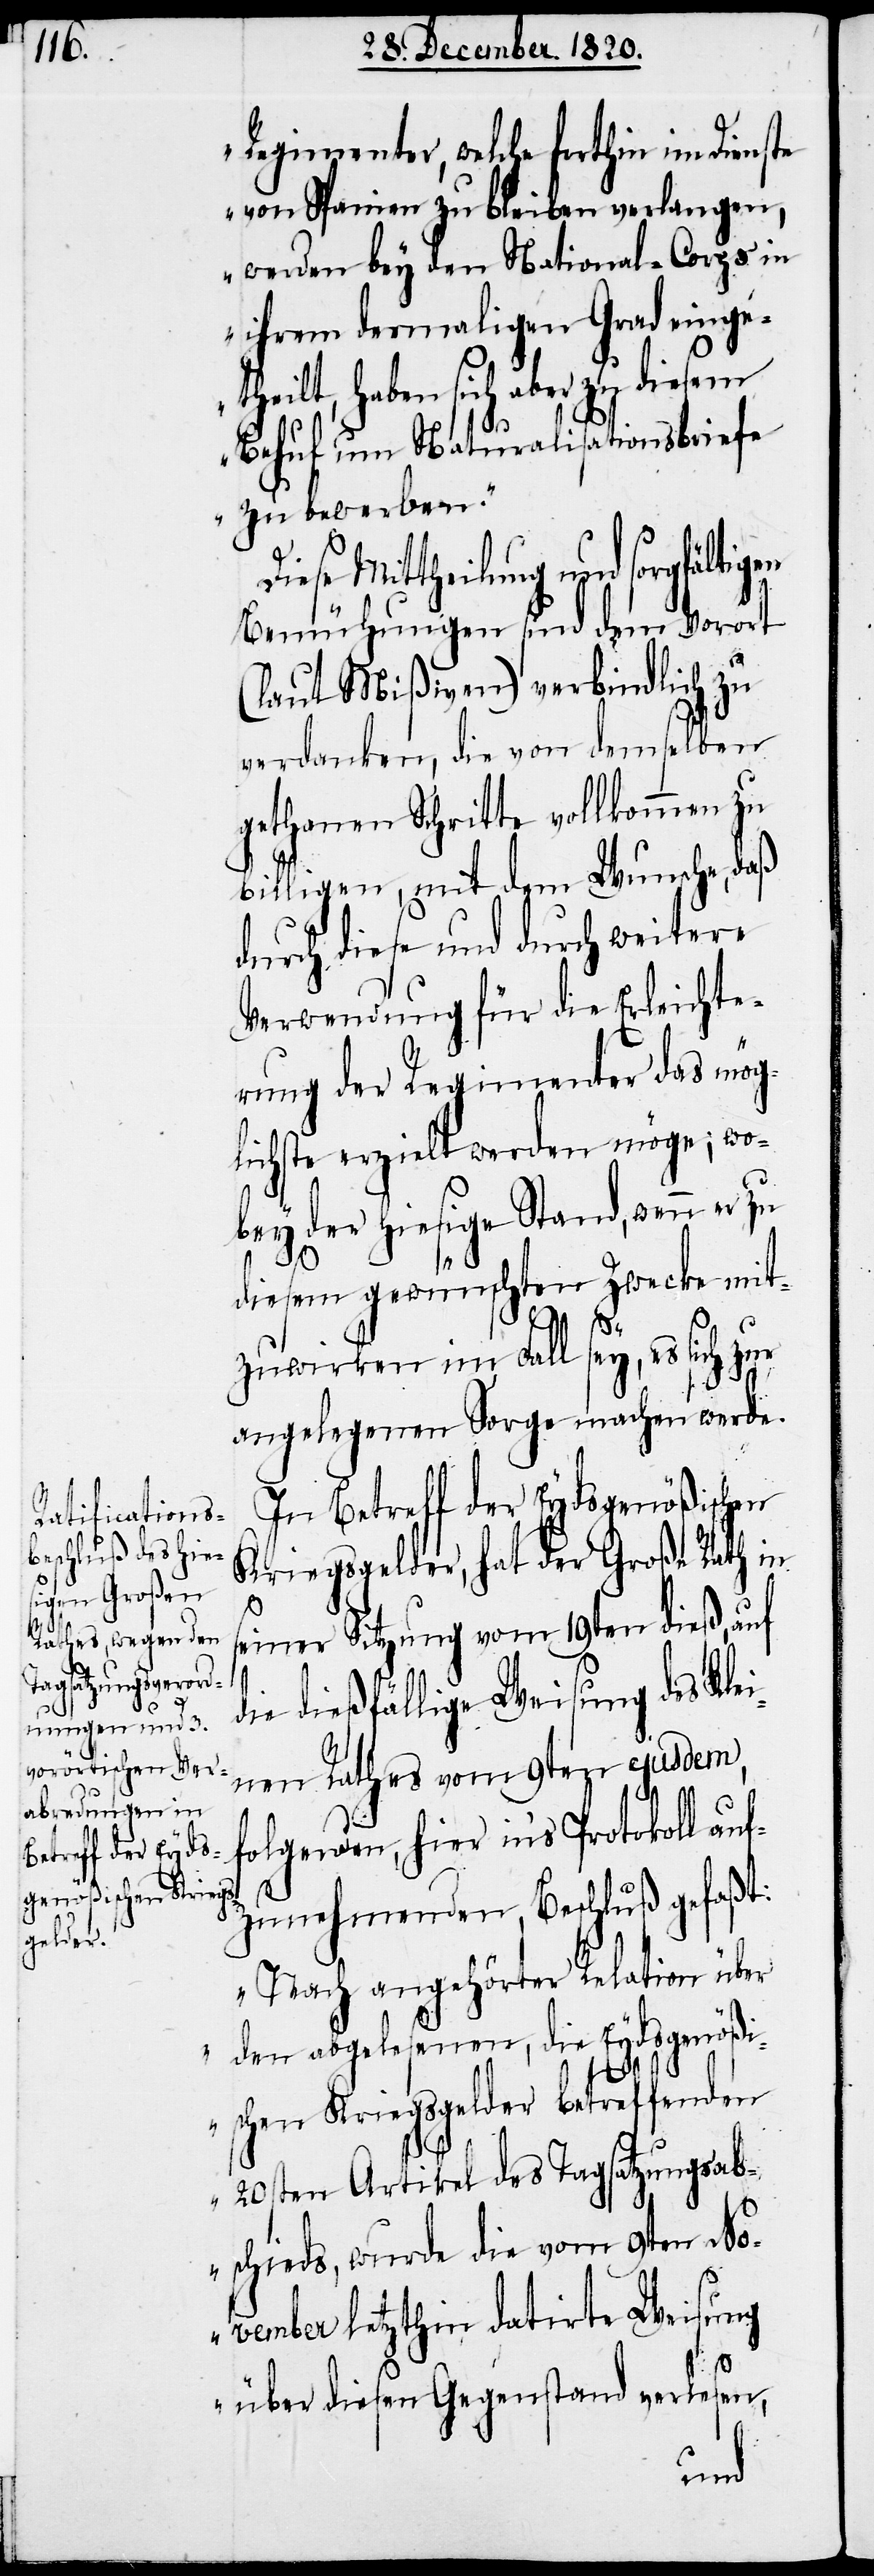
Regimenter, welche forthin im Dienste
von Spanien zu bleiben verlangen,
werden bey den National-Corps in
ihrem dermaligen Grad einge¬
theilt, haben sich aber zu diesem
Behuf um Naturalisationsbriefe
zu bewerben.“
iese Mittheilung und sorgfältig¬
Bemühungen sind dem Vorort
(laut Mißiven) verbindlich zu
verdanken, die von demselben
gethanen Schritte vollkommen zu
billigen, mit dem Wunsche, daß
durch diese und durch weitere
Verwendung für die Erleichte¬
rung der Regimenter das mög¬
lichste erzielt werden möge; wo¬
bey der hiesige Stand, wenn er zu
diesem gewünschten Zwecke mit¬
D¬
zuwirken im Fall sey, es sich zur
angelegenen Sorge machen werde.
In Betreff der Eydsgenößischen
Kriegsgelder, hat der Große Rath in
s¬
einer Sitzung vom 19ten dieß, auf
die dießfällige Weisung des Klei¬
nen Rathes vom 9ten ejusdem,
folgenden, hier in’s Protokoll auf¬
zunehmenden Beschluß gefaßt:
„Nach angehörter Relation über
den abgelesenen, die Eydsgenößi¬
schen Kriegsgelder betreffenden
20sten Artikel des Tagsatzungsab¬
schieds, wurde die vom 9ten No¬
vember letzthin datirte Weisung
über diesen Gegenstand verlesen,
en